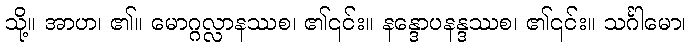
သို့။ အာဟ၊ ၏။ မောဂ္ဂလ္လာနဿစ၊ ၏၎င်း။ နန္ဒောပနန္ဒဿစ၊ ၏၎င်း။ သင်္ဂါမော၊